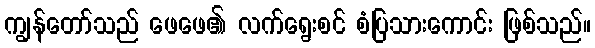
ကျွန်တော်သည် ဖေဖေ၏ လက်ရွေးစင် စံပြသားကောင်း ဖြစ်သည်။